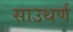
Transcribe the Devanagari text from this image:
साउथर्ण